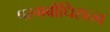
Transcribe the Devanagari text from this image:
परमबोधिसत्त्व